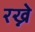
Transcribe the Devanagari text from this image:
रख्ने